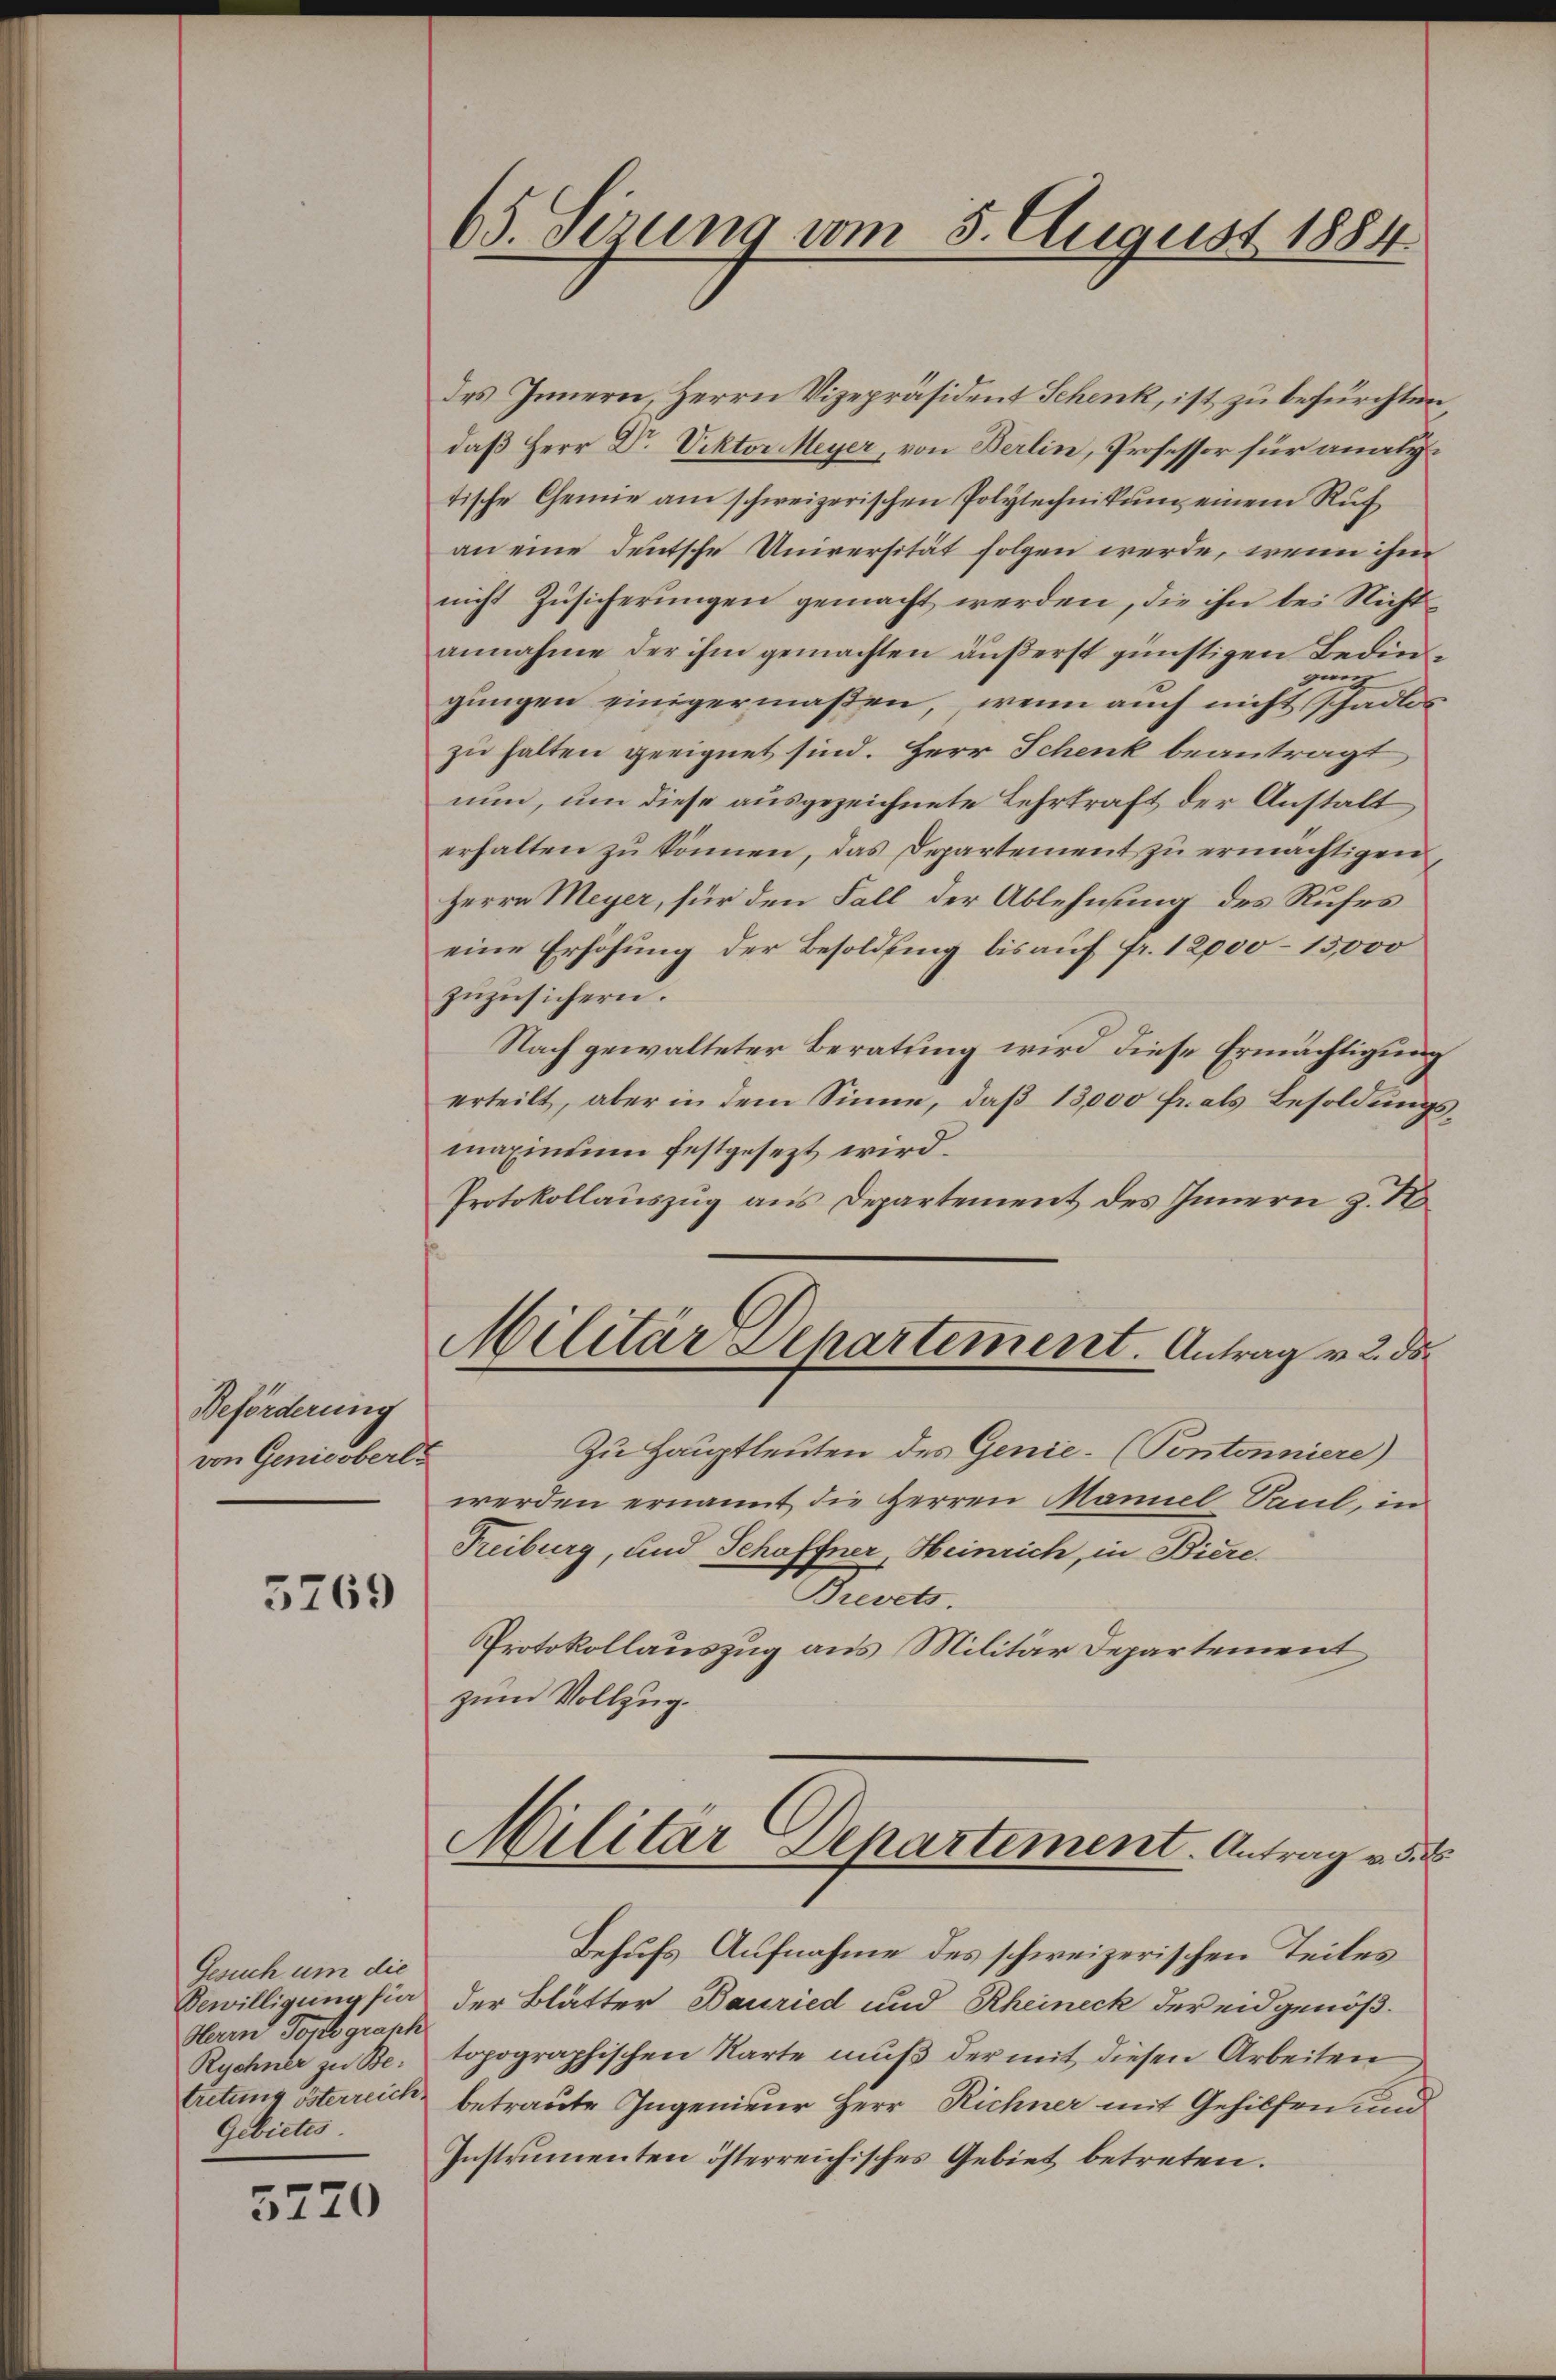
Beförderung
von Genicoberl

5769

Gesuch um die
Bewilligung für
Herrn Torte graph
Rychner zu Betretung Österreich.
Gebietes

3220

65. Serung vom 5. August 1884.

des Innern, Herrn Vizepräsident Schenk, ist zu befürchten
daß Herr Dr. Viktor Meyer, von Berlin, Professor für analytische Chemie am schweizerischen Polytechnikum einem Ruf
an eine deutsche Universität folgen werde, wenn ihm
nicht Zusicherungen gemacht werden, die ihn bei Nicht
annahme der ihm gemachten äußerst günstigen Bedingan
gungen einigermaßen, wenn auch nicht schadlos
zu halten geeignet sind. Herr Schenk beantragt
nun, um diese ausgezeichnete Lehrkraft der Anstalt
erhalten zu können, das Departement zu ermächtigen
Herrn Meyer, für den Fall der Ablehnung des Rufes
eine Erhöhung der Besoldung bis auf fr. 12000–15,000
zuzusichern.
Nach gewalteter Beratung wird diese Ermächtigung
erteilt, aber in dem Sinne, daβ 13,000 fr. als Besoldŭngs-
maxinenen festgesezt wird.
Protokollauszug aus Departement des Innern z. 1
Militär Separtement. Antrag v. 2. ds.
Zu Hauptleuten des Genie- (Pontonniere)
werden ernannt die Herren Maniel Saul, in
Treiburg, und Schöffner, Heinrich, in Biere.
Ruel.
Protokollauszug aus Militär Departement
zum Vollzug.

Militär Departement. Antrag v. 3.

Behufs Aufnahme des schweizerischen Teiles
der Blätter Bauried und Rheineck der eidgenößtopographischen Karte muß der mit diesen Arbeiten
betraute Ingenieur Herr Richner mit Gehilfen und
Instrumenten österreichisches Gebiet betreten.